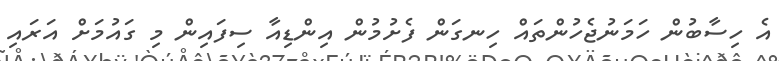
އެ ހިސާބުން ހަމަނުޖެހުންތައް ހިނގަން ފެށުމުން އިންޑިއާ ސިފައިން މި ގައުމަށް އަރައި